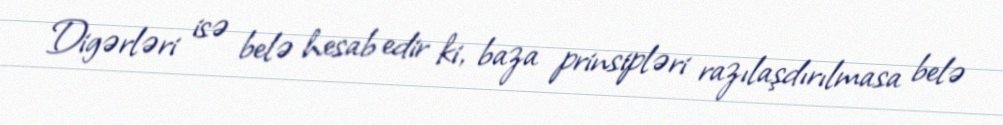
Digərləri isə belə hesab edir ki, baza prinsipləri razılaşdırılmasa belə